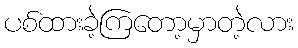
ပစ်ထားခဲ့ကြတော့မှာတဲ့လား